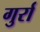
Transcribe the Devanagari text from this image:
गुर्रा